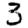
Digit: 3